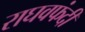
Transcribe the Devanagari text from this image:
राघवफंदी